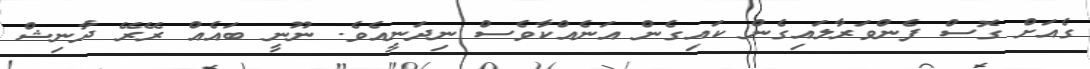
ގެއަށް ގޮސް ފެންވަރާލައިގެން ކައިގެން އަނެއްކާވެސް ނިދަނީއެވެ. ނޫނީ ބައެއް ރޭރޭ ދާނިޝް